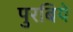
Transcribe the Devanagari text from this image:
पुरबिये